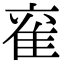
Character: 𮥹